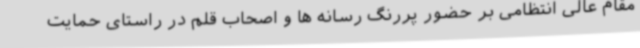
مقام عالی انتظامی بر حضور پررنگ رسانه ها و اصحاب قلم در راستای حمایت